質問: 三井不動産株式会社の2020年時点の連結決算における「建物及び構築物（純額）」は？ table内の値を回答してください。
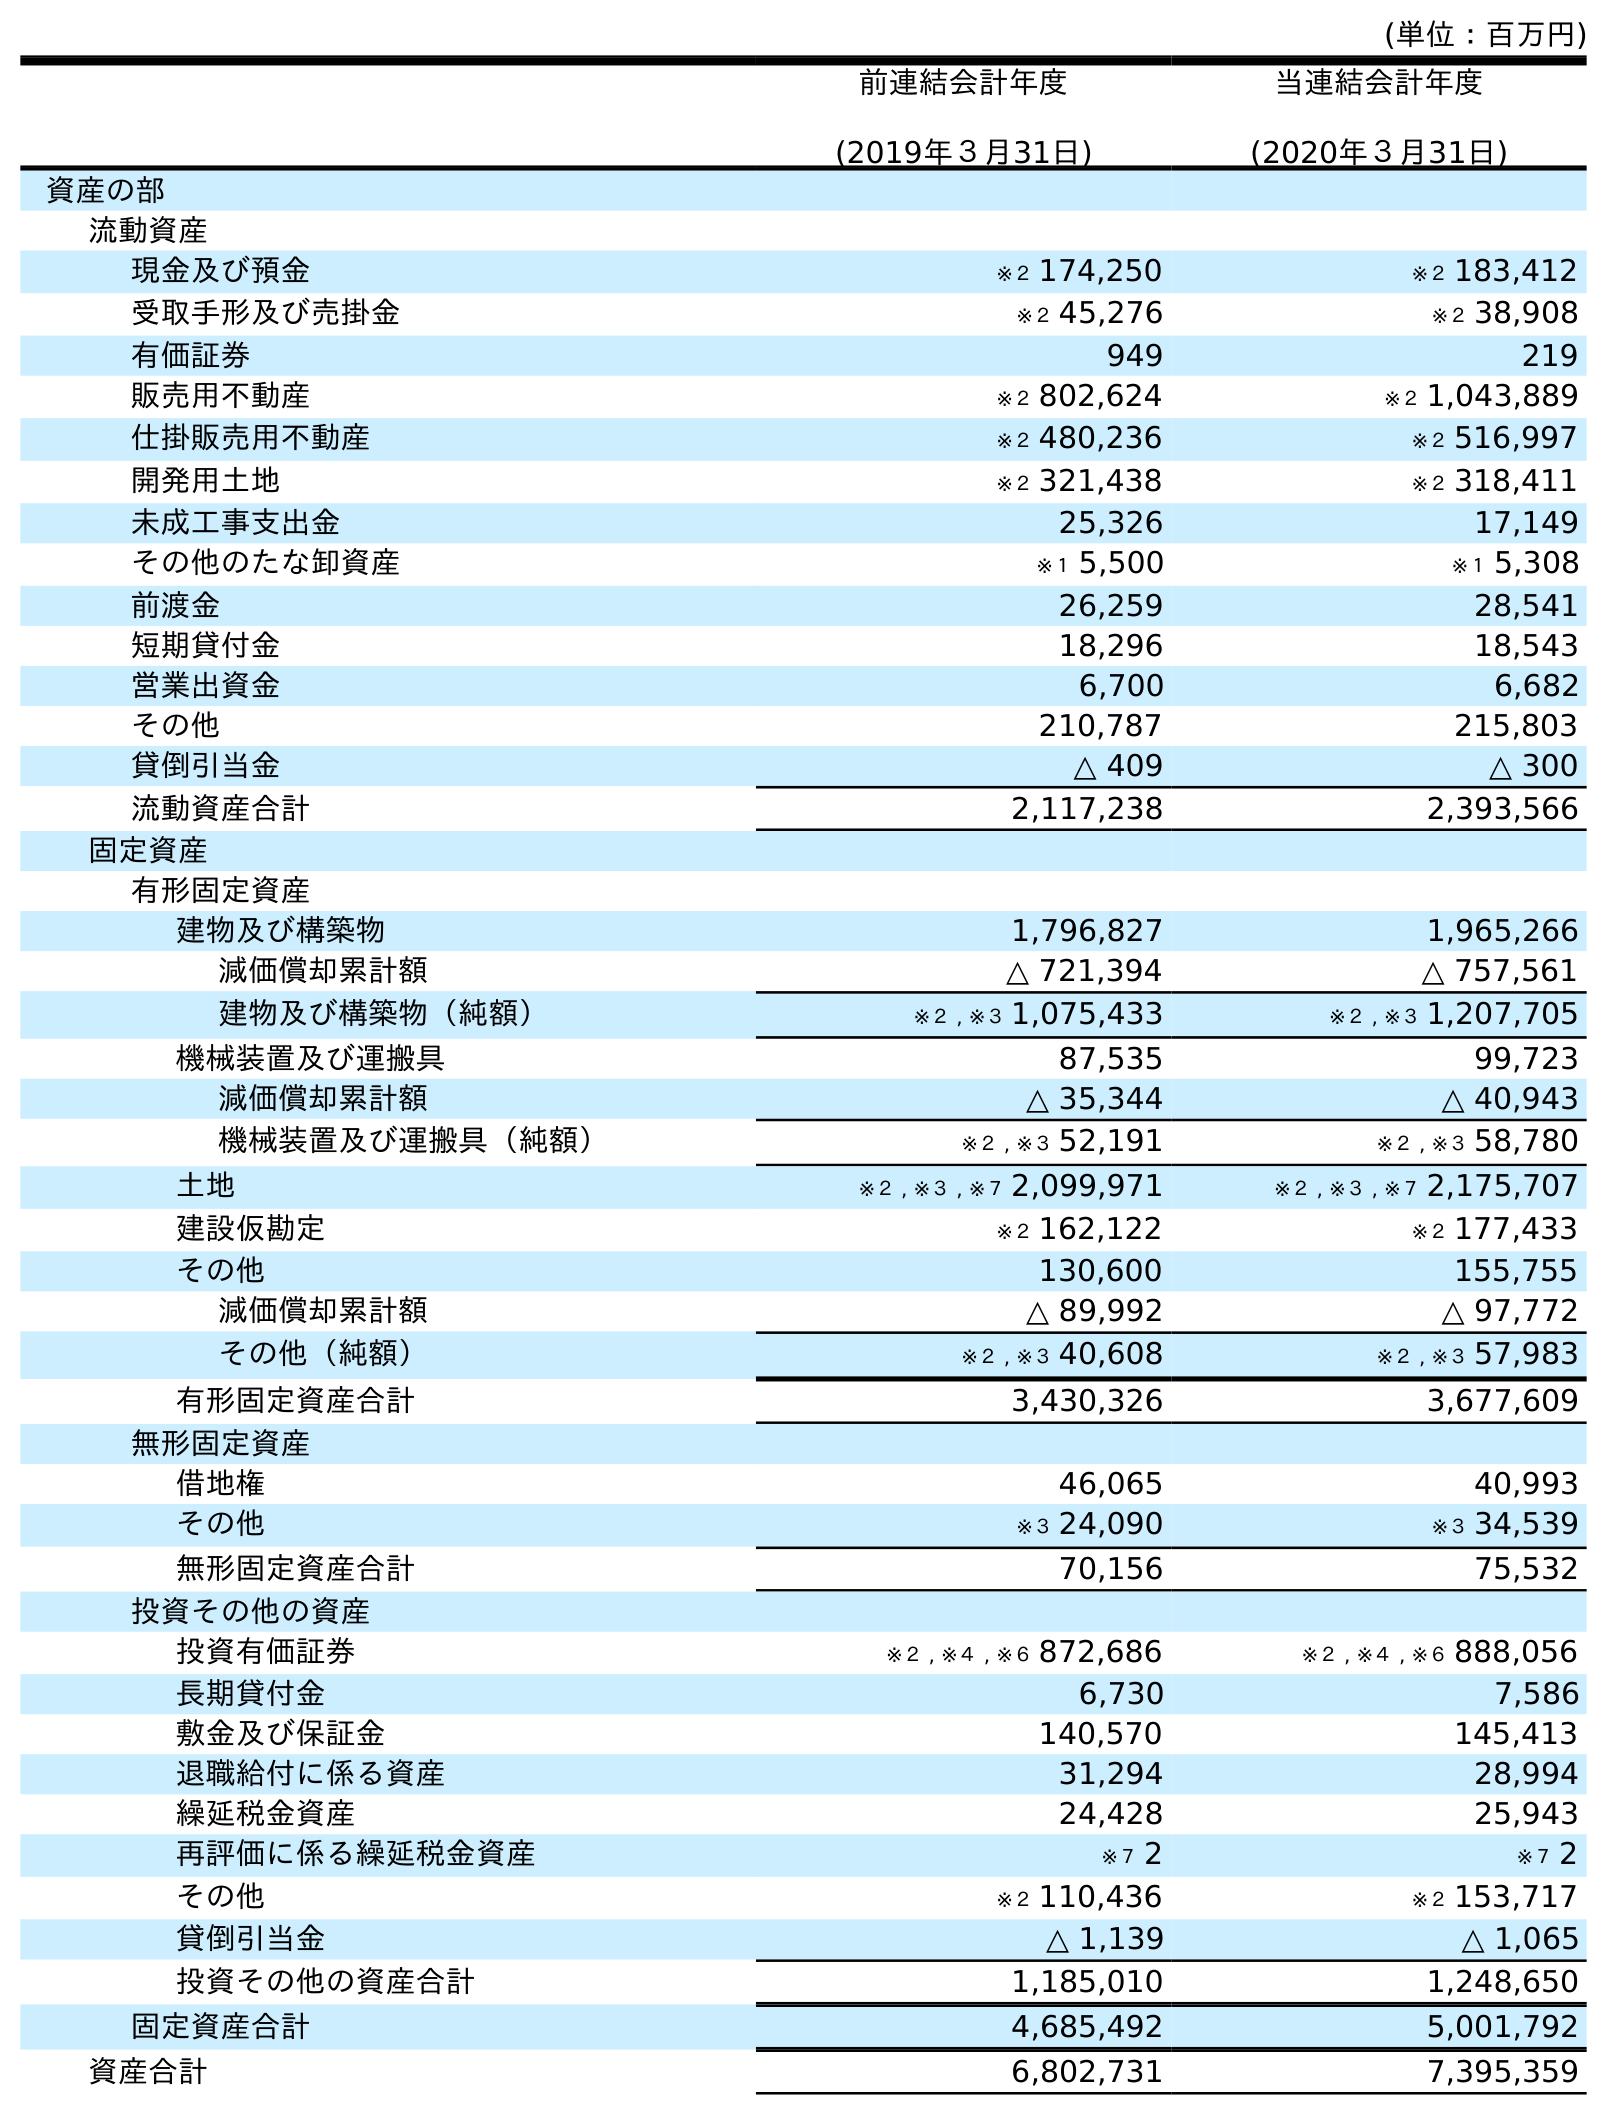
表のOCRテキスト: (単位：百万円) 前連結会計年度 (2019年３月31日) 当連結会計年度 (2020年３月31日) 資産の部 流動資産 現金及び預金 ※２ 174,250 ※２ 183,412 受取手形及び売掛金 ※２ 45,276 ※２ 38,908 有価証券 949 219 販売用不動産 ※２ 802,624 ※２ 1,043,889 仕掛販売用不動産 ※２ 480,236 ※２ 516,997 開発用土地 ※２ 321,438 ※２ 318,411 未成工事支出金 25,326 17,149 その他のたな卸資産 ※１ 5,500 ※１ 5,308 前渡金 26,259 28,541 短期貸付金 18,296 18,543 営業出資金 6,700 6,682 その他 210,787 215,803 貸倒引当金 △ 409 △ 300 流動資産合計 2,117,238 2,393,566 固定資産 有形固定資産 建物及び構築物 1,796,827 1,965,266 減価償却累計額 △ 721,394 △ 757,561 建物及び構築物（純額） ※２ , ※３ 1,075,433 ※２ , ※３ 1,207,705 機械装置及び運搬具 87,535 99,723 減価償却累計額 △ 35,344 △ 40,943 機械装置及び運搬具（純額） ※２ , ※３ 52,191 ※２ , ※３ 58,780 土地 ※２ , ※３ , ※７ 2,099,971 ※２ , ※３ , ※７ 2,175,707 建設仮勘定 ※２ 162,122 ※２ 177,433 その他 130,600 155,755 減価償却累計額 △ 89,992 △ 97,772 その他（純額） ※２ , ※３ 40,608 ※２ , ※３ 57,983 有形固定資産合計 3,430,326 3,677,609 無形固定資産 借地権 46,065 40,993 その他 ※３ 24,090 ※３ 34,539 無形固定資産合計 70,156 75,532 投資その他の資産 投資有価証券 ※２ , ※４ , ※６ 872,686 ※２ , ※４ , ※６ 888,056 長期貸付金 6,730 7,586 敷金及び保証金 140,570 145,413 退職給付に係る資産 31,294 28,994 繰延税金資産 24,428 25,943 再評価に係る繰延税金資産 ※７ 2 ※７ 2 その他 ※２ 110,436 ※２ 153,717 貸倒引当金 △ 1,139 △ 1,065 投資その他の資産合計 1,185,010 1,248,650 固定資産合計 4,685,492 5,001,792 資産合計 6,802,731 7,395,359
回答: ※２,※３1,207,705